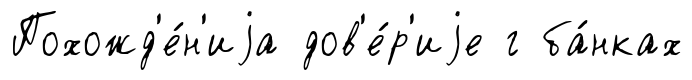
Похожд'е́н'иjа дов'е́р'иjе г ба́нках